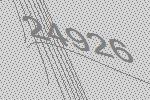
24926